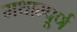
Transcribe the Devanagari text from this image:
मथाम्पूर्ण